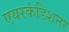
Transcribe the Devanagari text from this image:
एयरकंडिशनर